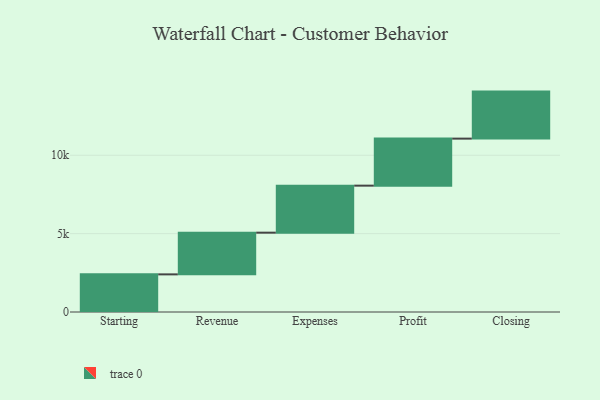
{"axis": {"x": "Step", "y": "Value"}, "legend": [""], "data": [{"x": "Starting", "y": 2401.0, "type": ""}, {"x": "Revenue", "y": 2660.0, "type": ""}, {"x": "Expenses", "y": 3000, "type": ""}, {"x": "Profit", "y": 3000, "type": ""}, {"x": "Closing", "y": 3000, "type": ""}]}